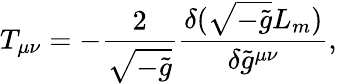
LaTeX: T_{\mu\nu}=-\frac{2}{\sqrt{-\tilde{g}}}\frac{\delta(\sqrt{-\tilde{g}}L_{m})}{\delta\tilde{g}^{\mu\nu}},